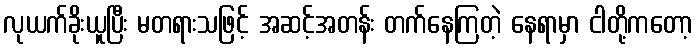
လုယက်ခိုးယူပြီး မတရားသဖြင့် အဆင့်အတန်း တက်နေကြတဲ့ နေရာမှာ ငါတို့ကတော့